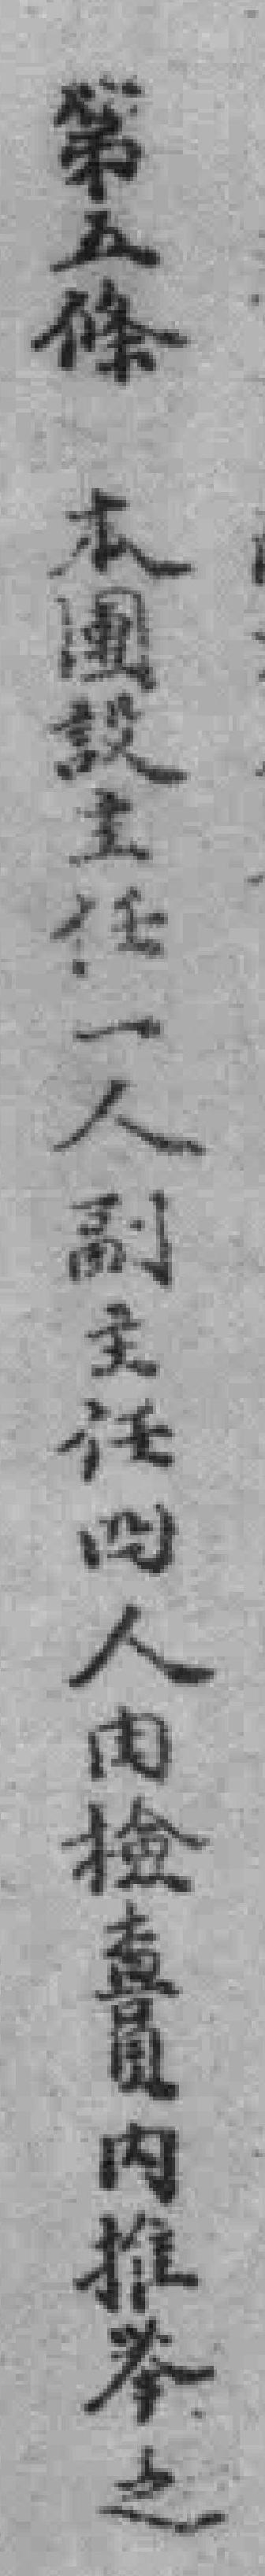
第五條 本團設主任一人副主任四人由檢查員內推举之